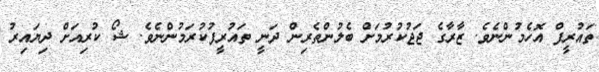
ތައުރީފް އޮހެމުންނެވެ. ޒާރާގެ ޖަޖުކުރުމަށް ބެލުންތެރިން ދަނީ ތައުރީފުކުރަމުންނެވެ. ޝޯ ކުރިއަށް ދިޔައިރު